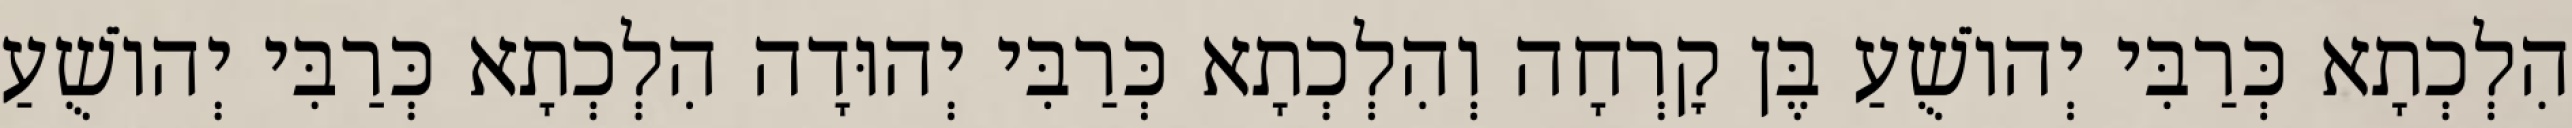
הִלְכְתָא כְּרַבִּי יְהוֹשֻׁעַ בֶּן קׇרְחָה וְהִלְכְתָא כְּרַבִּי יְהוּדָה הִלְכְתָא כְּרַבִּי יְהוֹשֻׁעַ